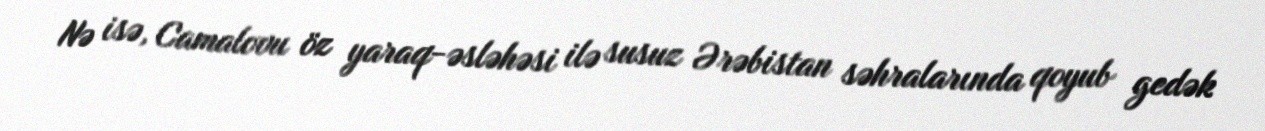
Nə isə, Camalovu öz yaraq-əsləhəsi ilə susuz Ərəbistan səhralarında qoyub gedək